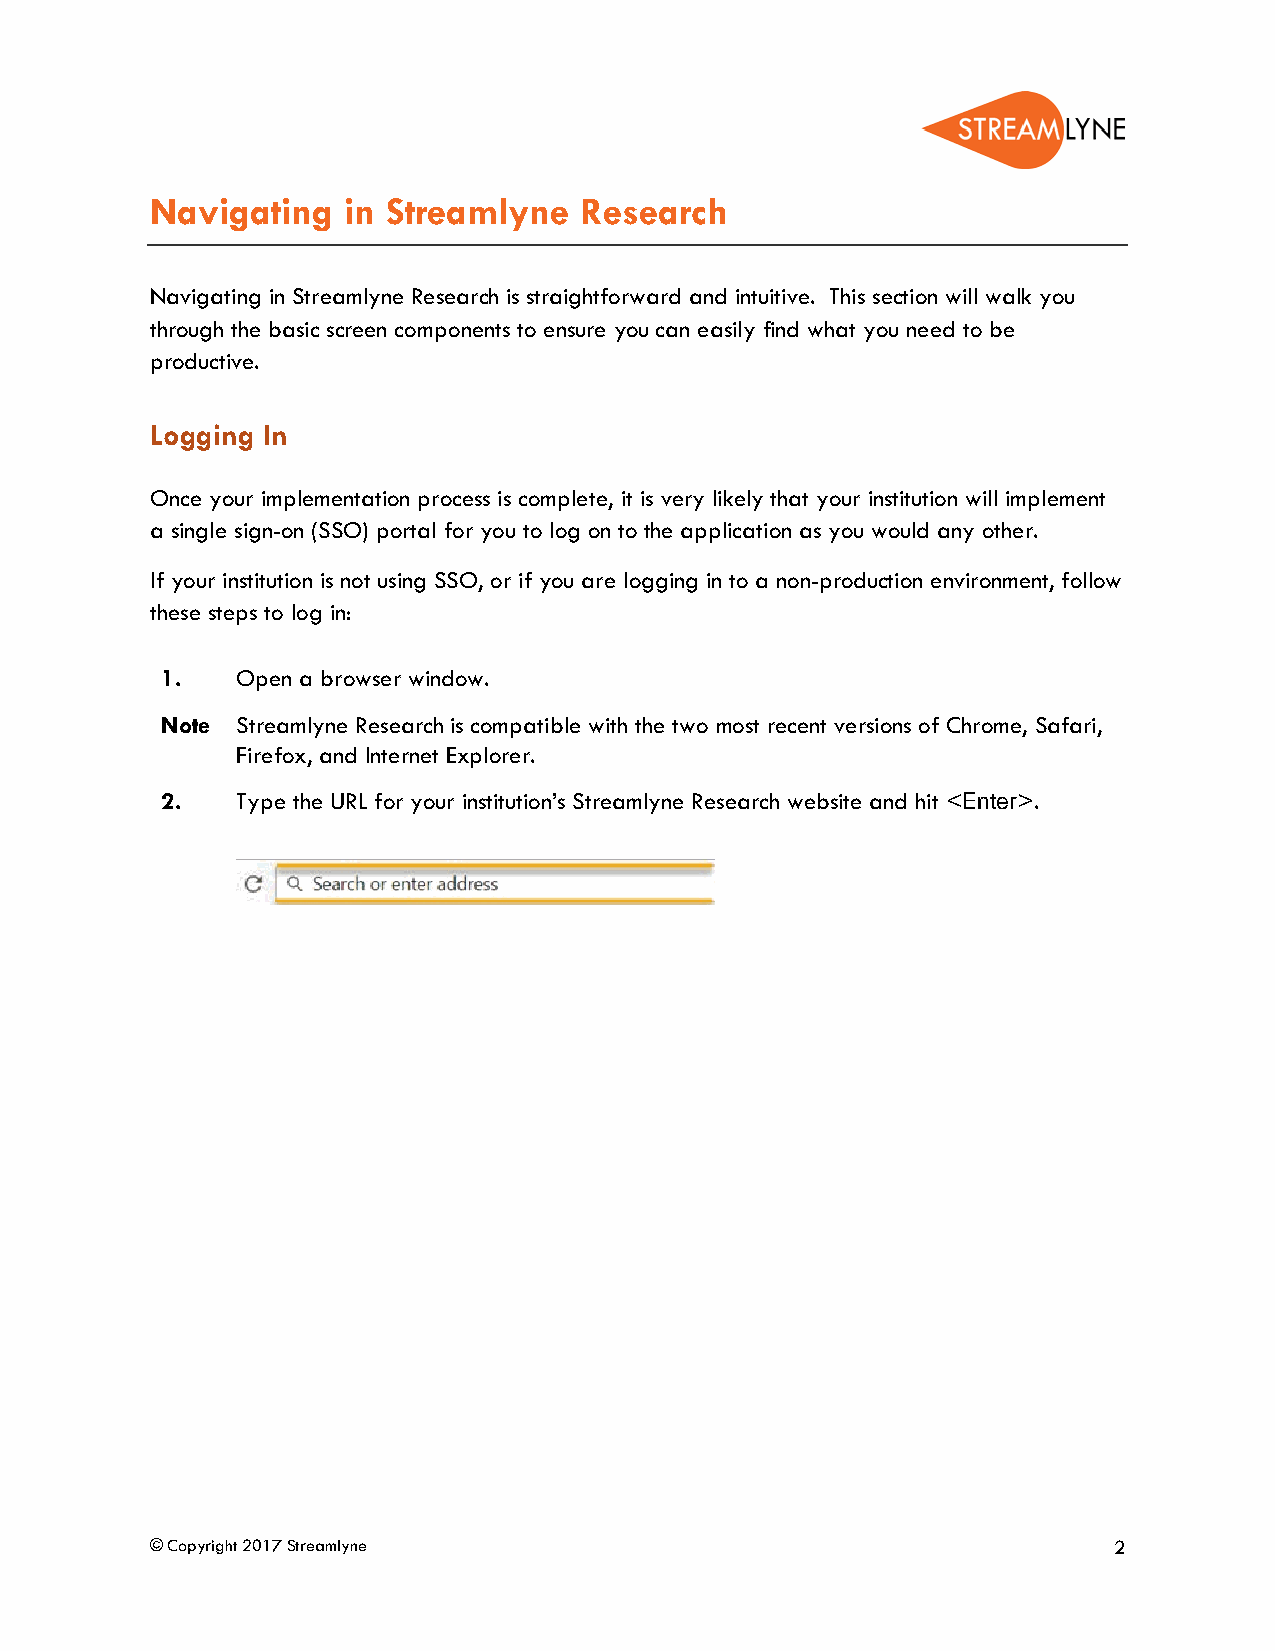
Navigating   in Streamlyne  Research
 Navigating in Streamlyne Research is straightforward and intuitive. This section will walk you
 through the basic screen components to ensure you can easily find what you need to be
 productive.
 Logging In
 Once your implementation process is complete, it is very likely that your institution will implement
 a single sign-on (SSO) portal for you to log on to the application as you would any other.
 If your institution is not using SSO, or if you are logging in to a non-production environment, follow
 these steps to log in:
 1.   Open a browser window.
 Note Streamlyne Research is compatible with the two most recent versions of Chrome, Safari,
 Firefox, and Internet Explorer.
 2.   Type the URL for your institution’s Streamlyne Research website and hit <Enter>.
 © Copyright 2017 Streamlyne                                     2